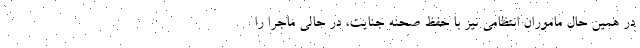
در همین حال ماموران انتظامی نیز با حفظ صحنه جنایت، در حالی ماجرا را